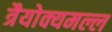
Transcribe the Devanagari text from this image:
त्रैयोक्यमल्ल